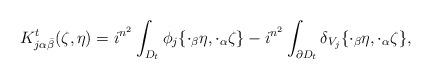
LaTeX: \begin{align*} K^t_{j\alpha\bar\beta}(\zeta,\eta)=i^{n^2}\int_{D_t} \phi_j\{{\cdot_\beta\eta},{\cdot_\alpha\zeta}\} -i^{n^2}\int_{\partial D_t} \delta_{V_j}\{{\cdot_\beta\eta},{\cdot_\alpha\zeta}\},\end{align*}